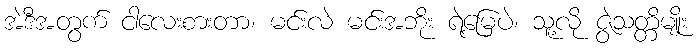
အဲဒီအတွက် ငါလေးစားတာ၊ မင်းလဲ မင်းအဘိုး ရဲ့မြေပဲ၊ သူ့လို ဇွဲသတ္တိမျိုး